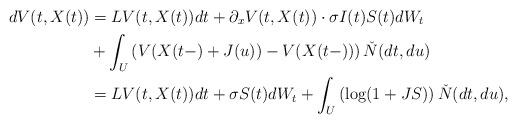
LaTeX: \begin{align*}dV(t,X(t)) & = LV(t,X(t))dt+\partial_xV(t,X(t))\cdot \sigma I(t)S(t) dW_t\\&+\int_U\left( V(X(t-)+J(u))- V(X(t-))\right)\check{N}(dt,du)\\& = LV(t,X(t))dt+\sigma S(t) dW_t+\int_U\left(\log(1+JS)\right)\check{N}(dt,du),\end{align*}